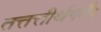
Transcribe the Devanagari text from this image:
तत्तत्तीर्थगतैः